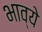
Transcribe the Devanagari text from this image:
भाव्ये